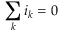
\sum _ { k } i _ { k } = 0